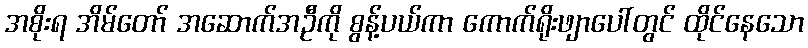
အစိုးရ အိမ်တော် အဆောက်အဦကို စွန့်ပယ်ကာ ကောက်ရိုးဖျာပေါ်တွင် ထိုင်နေသော